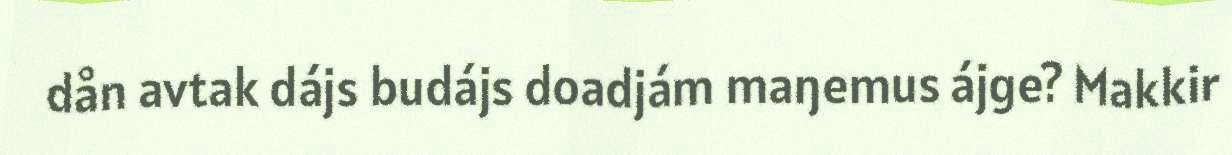
dån avtak dájs budájs doadjám maŋemus ájge? Makkir